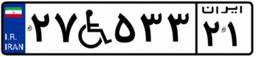
۲۷W۵۳۳۲۱